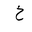
Letter: _kha